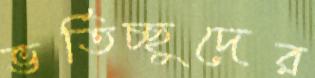
ভর্তিচ্ছুদের